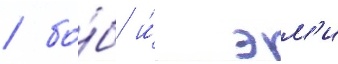
/ бо́б и́ эм'и